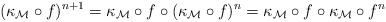
LaTeX: \begin{align*}(\kappa_\mathcal{M}\circ f)^{n+1}=\kappa_\mathcal{M}\circ f \circ (\kappa_\mathcal{M}\circ f)^n= \kappa_\mathcal{M}\circ f \circ \kappa_\mathcal{M}\circ f^n\end{align*}